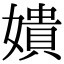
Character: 嬇